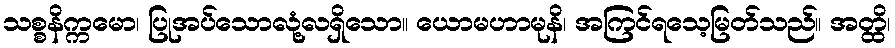
သစ္စနိက္ကမော၊ ပြုအပ်သောလုံ့လရှိသော။ ယောမဟာမုနိ၊ အကြင်ရသေ့မြတ်သည်။ အတ္ထိ၊